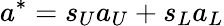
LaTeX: a^{*}=s_{U}a_{U}+s_{L}a_{L}